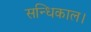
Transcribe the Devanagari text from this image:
सन्धिकाल।